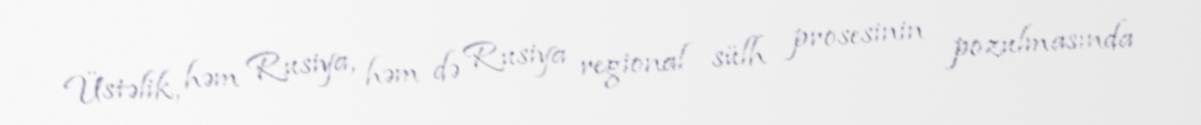
Üstəlik, həm Rusiya, həm də Rusiya regional sülh prosesinin pozulmasında